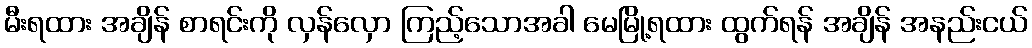
မီးရထား အချိန် စာရင်းကို လှန်လှော ကြည့်သောအခါ မေမြို့ရထား ထွက်ရန် အချိန် အနည်းငယ်